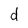
Character: d